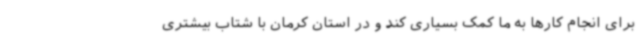
برای انجام کارها به ما کمک بسیاری کند و در استان کرمان با شتاب بیشتری